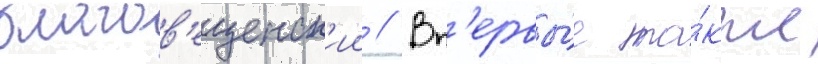
благов'ещенск'ии // Вп'ервы́е та́кже